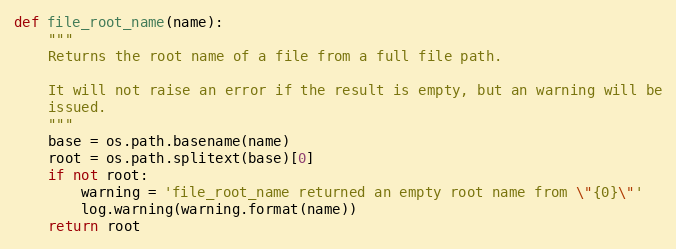
Language: Python
def file_root_name(name):
    """
    Returns the root name of a file from a full file path.

    It will not raise an error if the result is empty, but an warning will be
    issued.
    """
    base = os.path.basename(name)
    root = os.path.splitext(base)[0]
    if not root:
        warning = 'file_root_name returned an empty root name from \"{0}\"'
        log.warning(warning.format(name))
    return root